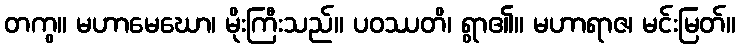
တကွ။ မဟာမေဃော၊ မိုးကြီးသည်။ ပဝဿတိ၊ ရွာ၏။ မဟာရာဇ၊ မင်းမြတ်။